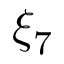
\xi _ { 7 }